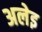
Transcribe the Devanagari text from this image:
अलेइ